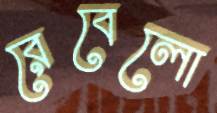
রেবেলো